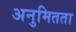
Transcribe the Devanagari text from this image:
अनुमितता